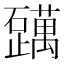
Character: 𬒪